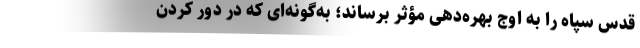
قدس سپاه را به اوج بهره‌دهی مؤثر برساند؛ به‌گونه‌ای که در دور کردن